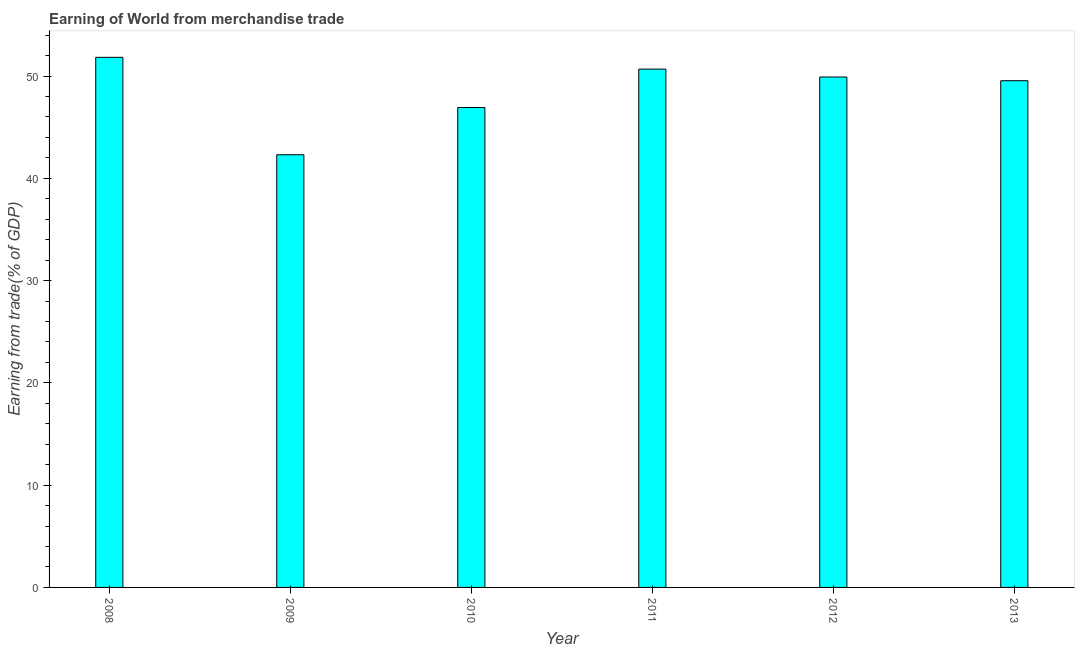
| Year | Merchandise trade |
 | --- | --- |
 | 2008 | 51.8 |
 | 2009 | 42.3 |
 | 2010 | 46.9 |
 | 2011 | 50.7 |
 | 2012 | 49.9 |
 | 2013 | 49.5 |